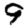
Digit: 9